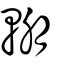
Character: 輣